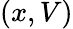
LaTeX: (x,V)